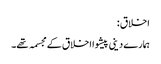
اخلاق :
ہمارے دینی پیشوا اخلاق کے مجسمہ تھے۔